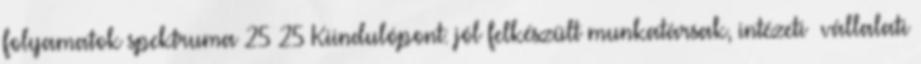
folyamatok spektruma 25 25 Kiindulópont: jól felkészült munkatársak, intézeti vállalati